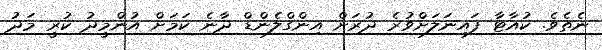
ނެތެވެ. ކުއާޓާ ފައިނަލަށްވުރެ ދުރަށް އިންގްލެންޑް ދާނެ ކަމަށް އުންމީދު ކުރީ މަދު